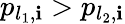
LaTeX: p_{l_{1},\mathbf{i}}>p_{l_{2},\mathbf{i}}